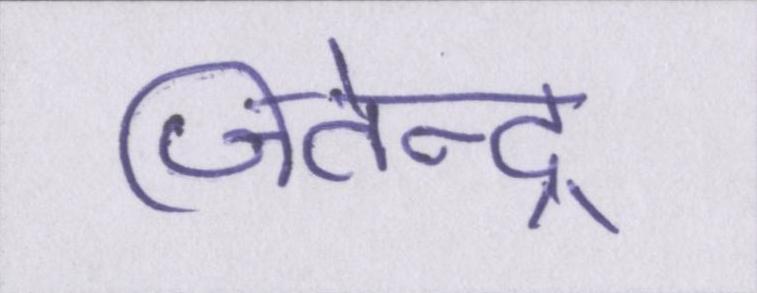
जितेन्द्र